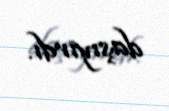
daşıyırdı.